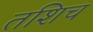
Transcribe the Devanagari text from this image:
तशिच